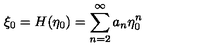
\xi _ { 0 } = H ( \eta _ { 0 } ) = \sum _ { n = 2 } ^ { \infty } a _ { n } \eta _ { 0 } ^ { n }